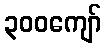
၃၀၀ကျော်